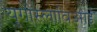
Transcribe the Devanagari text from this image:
युगोस्लाविआई